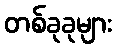
တစ်ခုခုများ